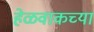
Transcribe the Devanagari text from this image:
हेळवाकच्या